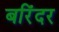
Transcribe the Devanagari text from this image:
बरिंदर